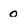
Character: o